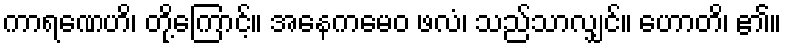
ကာရဏေဟိ၊ တို့ကြောင့်။ အနေကမေဝ ဖလံ၊ သည်သာလျှင်။ ဟောတိ၊ ၏။